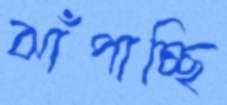
ঝাঁপাচ্ছি